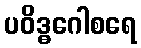
ပဝိဒ္ဓဂေါစရေ